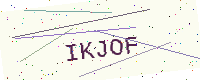
Text: IKJOF